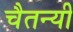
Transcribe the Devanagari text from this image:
चैतन्यी